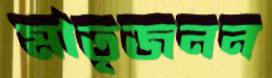
মাতৃজনন